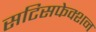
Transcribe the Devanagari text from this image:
सटिसफेक्शन